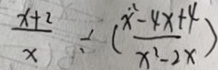
\frac { x + 2 } { x } \div ( \frac { x ^ { 2 } - 4 x + 4 } { x ^ { 2 } - 2 x } )